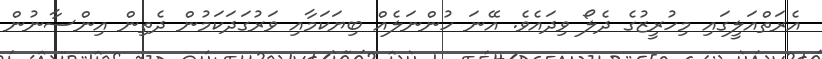
އެރަތްއަލީގައި މިހުރީޒުގެ ދެލޯ ވިދައެވެ. އޭނަ ހުންނަލެއް ބިޔަކަމާއި ވަރުގަދަކަމުން ދެތިން އިންސާނުން